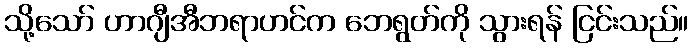
သို့သော် ဟာဂျီအီဘရာဟင်က ဘေရွတ်ကို သွားရန် ငြင်းသည်။